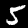
Digit: 5